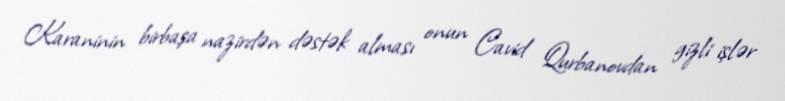
Karaninin birbaşa nazirdən dəstək alması onun Cavid Qurbanovdan gizli işlər